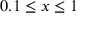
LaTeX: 0 . 1 \leq x \leq 1